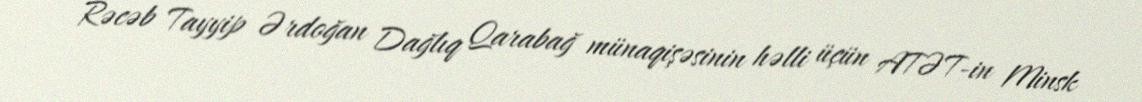
Rəcəb Tayyip Ərdoğan Dağlıq Qarabağ münaqişəsinin həlli üçün ATƏT-in Minsk